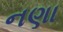
નણા